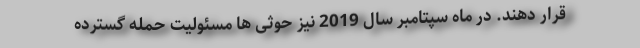
قرار دهند. در ماه سپتامبر سال 2019 نیز حوثی ها مسئولیت حمله گسترده